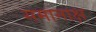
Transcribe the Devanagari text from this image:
समानाक्ष